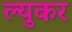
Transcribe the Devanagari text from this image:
ल्युकर